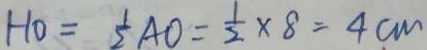
H O = \frac { 1 } { 2 } A O = \frac { 1 } { 2 } \times 8 = 4 c m